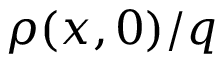
\rho ( x , 0 ) / q